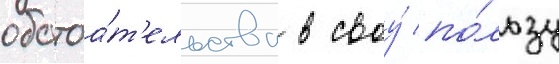
обстоа́т'ельства в своу́ по́льзу